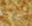
صائد